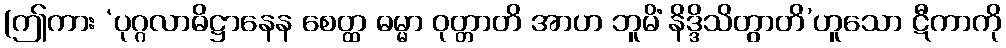
(ဤကား ‘ပုဂ္ဂလာဓိဋ္ဌာနေန စေတ္ထ ဓမ္မာ ဝုတ္တာတိ အာဟ ဘူမိံ နိဒ္ဒိသိတွာတိ’ဟူသော ဋီကာကို